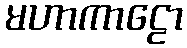
မဟာကာဠော